Vaccination in the Punjab 1919-1929 - 1919-1929
Year: 1919
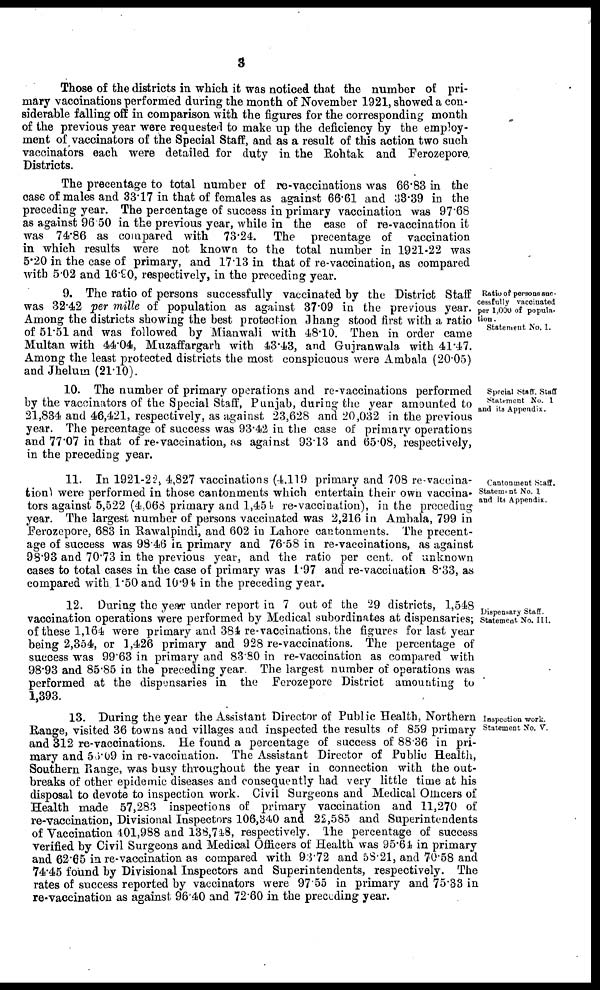
3
Those of the districts in which it was noticed that the number of pri-
mary vaccinations performed during the month of November 1921, showed a con-
siderable falling off in comparison with the figures for the corresponding month
of the previous year were requested to make up the deficiency by the employ-
ment of vaccinators of the Special Staff, and as a result of this action two such
vaccinators each were detailed for duty in the Rohtak and Ferozepore
Districts.
The precentage to total number of re-vaccinations was 66.83 in the
case of males and 33.17 in that of females as against 66.61 and 33.39 in the
preceding year. The percentage of success in primary vaccination was 97.68
as against 96.50 in the previous year, while in the case of re-vaccination it
was 74.86 as compared with 73.24. The precentage of vaccination
in which results were not known to the total number in 1921-22 was
5.20 in the case of primary, and 17.13 in that of re-vaccination, as compared
with 5.02 and 16.90, respectively, in the preceding year.
Ratio of persons suc¬
cessfully vaccinated
per 1,000 of popula-
tion .
Statement No. 1.
9. The ratio of persons successfully vaccinated by the District Staff
was 32.42 per mille of population as against 37.09 in the previous year.
Among the districts showing the best protection Jhang stood first with a ratio
of 51.51 and was followed by Mianwali with 48.10. Then in order came
Multan with 44.04, Muzaffargarh with 43.43, and Gujranwala with 41.47.
Among the least protected districts the most conspicuous were Ambala (20.05)
and Jhelum (21.10).
Special Staff. Staff
Statement No. I
and its Appendix.
10. The number of primary operations and re-vaccinations performed
by the vaccinators of the Special Staff, Punjab, during the year amounted to
21,834 and 46,421, respectively, as against 23,628 and 20,032 in the previous
year. The percentage of success was 93.42 in the case of primary operations
and 77.07 in that of re-vaccination, as against 93.13 and 65.08, respectively,
in the preceding year.
Cantonment Staff.
Statement No. I
and its Appendix.
11. In 1921-22, 4,827 vaccinations (4.119 primary and 708 re-vaccina-
tion) were performed in those cantonments which entertain their own vaccina-
tors against 5,522 (4.068 primary and 1,454 re-vaccination), in the preceding
year. The largest number of persons vaccinated was 2,216 in Ambala, 799 in
Ferozepore, 683 in Rawalpindi, and 602 in Lahore cantonments. The percent-
age of success was 98.46 in primary and 76.58 in re-vaccinations, as against
98.93 and 70.73 in the previous year, and the ratio per cent. of unknown
cases to total cases in the case of primary was 1.97 and re-vaccination 8.33, as
compared with 1.50 and 10.94 in the preceding year.
Dispensary Staff.
Statement No. III.
12. During the year under report in 7 out of the 29 districts, 1,548
vaccination operations were performed by Medical subordinates at dispensaries;
of these 1,164 were primary and 384 re-vaccinations, the figures for last year
being 2,354, or 1,426 primary and 928 re-vaccinations. The percentage of
success was 99.63 in primary and 83.80 in re-vaccination as compared with
98.93 and 85.85 in the preceding year The largest number of operations was
performed at the dispensaries in the Ferozepore District amounting to
1,393.
Inspection work.
Statement No. V.
13. During the year the Assistant Director of Public Health, Northern
Range, visited 36 towns and villages and inspected the results of 859 primary
and 312 re-vaccinations. He found a percentage of success of 88.36 in pri-
mary and 56.09 in re-vaccination. The Assistant Director of Public Health,
Southern Range, was busy throughout the year in connection with the out-
breaks of other epidemic diseases and consequently had very little time at his
disposal to devote to inspection work. Civil Surgeons and Medical Officers of
Health made 57,283 inspections of primary vaccination and 11,270 of
re-vaccination, Divisional Inspectors 106,340 and 22,585 and Superintendents
of Vaccination 401,988 and 138,748, respectively. The percentage of success
verified by Civil Surgeons and Medical Officers of Health was 95.64 in primary
and 62.65 in re-vaccination as compared with 93.72 and 58.21, and 70.58 and
74.45 found by Divisional Inspectors and Superintendents, respectively. The
rates of success reported by vaccinators were 97.55 in primary and 75.33 in
re-vaccination as against 96.40 and 72.60 in the preceding year.